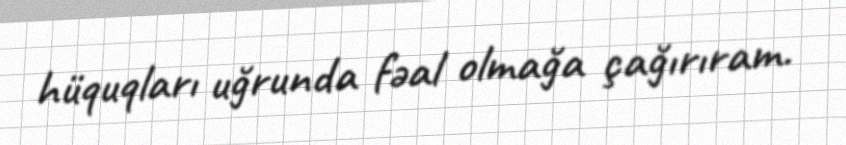
hüquqları uğrunda fəal olmağa çağırıram.